Calcutta medical institutions reports 1879-81 [i.e.91]
Year: 1879
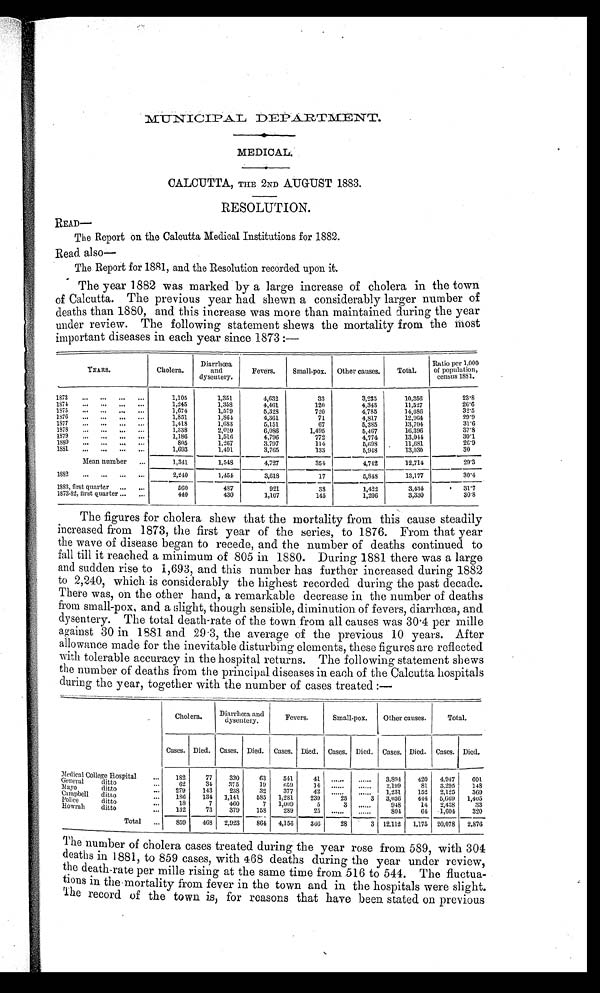
M U N I C I P A L D E P A R T M E N T .
MEDICAL.
CALCUTTA, THE 2ND AUGUST 1883.
RESOLUTION.
READ―
The Report on the Calcutta Medical Institutions for 1882.
Read also
―
The Report for 1881, and the Resolution recorded upon it.
The year 1882 was marked by a large increase of cholera in the town
of Calcutta. The previous year had shewn a considerably larger number of
deaths than 1880, and this increase was more than maintained during the year
under review. The following statement shews the mortality from the most
important diseases in each year since 1873:—
YEARS.
Cholera.
D i a r r h œ a
and
dysentery.
Fevers.
Small-pox. Other causes.
Total.
Ratio per 1,000
of population,
census 1881.
1873 ... ... ... ...
1,105
1,351
4,632
33
3,235
10,356
23.8
1874 ... ... ... ...
1,245
1,358
4,461
1 2 0
4,343
11,527
26.6
1875 ... ... ... ...
1,674
1,579
5,328
720
4,785
14,086
32.5
1876 ... ... ... ...
1,851
1,864
4,361
71
4,817
12,964
2 9 . 9
1877 ... ... ... ...
1,418
1,683
5,151
6 7
5,385
13,704
31.6
1878 ... ... ... ...
1,338
2,010
6,086
1,495
5,467
16,396
37.8
1879 ... ... ... ...
1,186
1,516
4,796
772
4,774
13,044
30.1
1880 ... ... ... ...
805
1,267
3.797
114
5 , 6 9 8
11,681
20.9
1881 ... ... ... ...
1,693
1,491
3,765
133
5,948 . 13,030
3 0
1,341
1,548
4,727
354
4,742
12,714
29.3
Mean number ...
1882 ... .. . ...
2,240
1,454
3,618
17
5 , 8 4 8
13,177
30.4
4 8 7
921
38
1,422
3.434
31.7
1883, first quarter ... ...
560
1873-82, first quarter ... ...
440
430
1,107
145
1,206
3,330
30.8
The figures for cholera shew that the mortality from this cause steadily
increased from 1873, the first year of the series, to 1876. From that year
the wave of disease began to recede, and the number of deaths continued to
fall till it reached a minimum of 805 in 1880. During 1881 there was a large
and sudden rise to 1,693, and this number has further increased during 1882
to 2,240, which is considerably the highest recorded during the past decade.
There was, on the other hand, a remarkable decrease in the number of deaths
from small-pox, and a slight, though sensible, diminution of fevers, diarrhœa, and
dysentery. The total death-rate of the town from all causes was 30.4 per mille
against 30 in 1881 and 29.3, the average of the previous 10 years. After
allowance made for the inevitable disturbing elements, these figures are reflected
with tolerable accuracy in the hospital returns. The following statement shews
the number of deaths from the principal diseases in each of the Calcutta hospitals
during the year, together with the number of cases treated:—
Cholera.
Diarrhea and
dysentery.
Fevers.
Small-pox. Other causes.
T o t a l .
Cases. Died. Cases. Died. Cases. Died. Cases. Died. Cases. Died. Cases. Died.
Medical College Hospital
...
182
77
330
63
541
41
. . . . . .
. . . . . . 3,894
420 4,947 601
General ditto . . .
62
34 375
19
6 5 9
14
. . . . . .
. . . . . .
2 , 1 9 9
81
3 , 2 9 5 148
Mayo
ditto
. . . 279
143
238
32
377
42
. . . . . .
. . . . . . 1,231
152 2,125
369
Campbell ditto
...
1 8 6 134 1,141 585 1,281
239
25
3 3,036
444 5,669 1,405
P o l i c e d i t t o
. . .
18
7
460
7
1 , 0 0 9
5
3 ......
9 4 8
14 2,438
33
Howrah ditto
. . .
132
73
379 158
289
25
. . . . . .
. . . . . . 804
64 1,604 320
Total ... 859 468 2,923
864 4,156 366
28
3 12,112 1,175 20,078 2,876
The number of cholera cases treated during the year rose from 589, with 304
deaths in 1881, to 859 cases, with 468 deaths during the year under review,
the death-rate per mille rising at the same time from 516 to 544. The fluctua-
tions in the mortality from fever in the town and in the hospitals were slight.
The record of the town is, for reasons that have been stated on previous